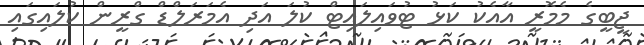
ޖީބީގެ މެމޮރީ އާއެކު ކަޅު ޓުވައިލައިޓް ކުލަ އަދި އެމަރަލްޑް ގްރީން ކުލައިގައި